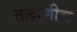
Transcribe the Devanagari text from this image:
तत्क्षणीच